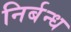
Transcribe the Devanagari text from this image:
निर्बन्ध